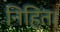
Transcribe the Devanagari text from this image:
निहित।